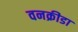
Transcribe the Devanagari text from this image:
वनक्रीडा